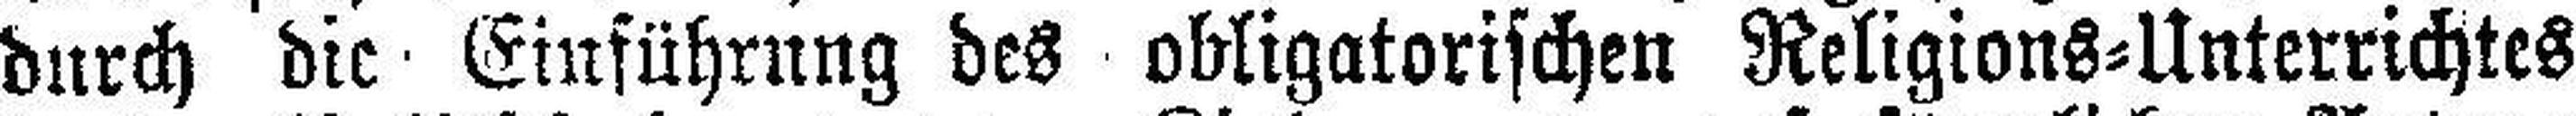
durch die Einführung des obligatorischen Religions=Unterrichtes